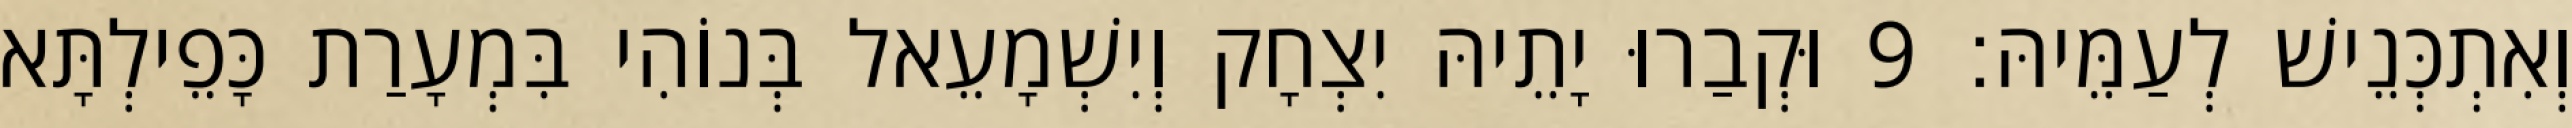
וְאִתְכְּנֵישׁ לְעַמֵּיהּ׃ 9 וּקְבַרוּ יָתֵיהּ יִצְחָק וְיִשְׁמָעֵאל בְּנוֹהִי בִּמְעָרַת כָּפֵילְתָּא